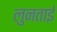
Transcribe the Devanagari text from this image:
लुनताई